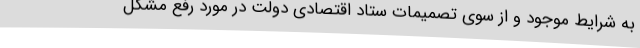
به شرایط موجود و از سوی تصمیمات ستاد اقتصادی دولت در مورد رفع مشکل